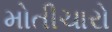
મોતીચારો